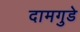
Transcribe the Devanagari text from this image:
दामगुडे